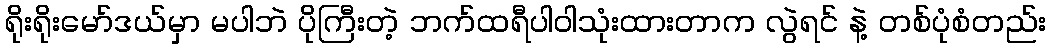
ရိုးရိုးမော်ဒယ်မှာ မပါဘဲ ပိုကြီးတဲ့ ဘက်ထရီပါဝါသုံးထားတာက လွဲရင် နဲ့ တစ်ပုံစံတည်း